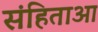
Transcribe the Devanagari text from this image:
संहिताआ